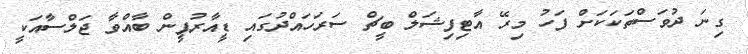
ގިނަ ދުވަސްތަކަކަށް ފަހު މިރޭ އާޓިފިޝަލް ބީޗް ސަރަހައްދުގައި ޑީއާރުޕީން ބާއްވާ ޖަލްސާއަކީ